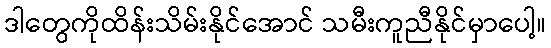
ဒါတွေကိုထိန်းသိမ်းနိုင်အောင် သမီးကူညီနိုင်မှာပေါ့။